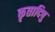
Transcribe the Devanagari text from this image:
कृतादिषु